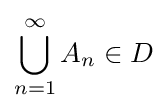
\bigcup _{n=1}^{\infty }A_{n}\in D